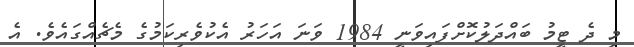
މި ދެ ޓީމު ބައްދަލުކޮށްފައިވަނީ 1984 ވަނަ އަހަރު އެކުވެރިކަމުގެ މެޗެއްގައެވެ. އެ